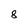
Character: 8